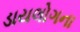
ડાયલોગના